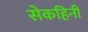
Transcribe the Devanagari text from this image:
सेकहिनी